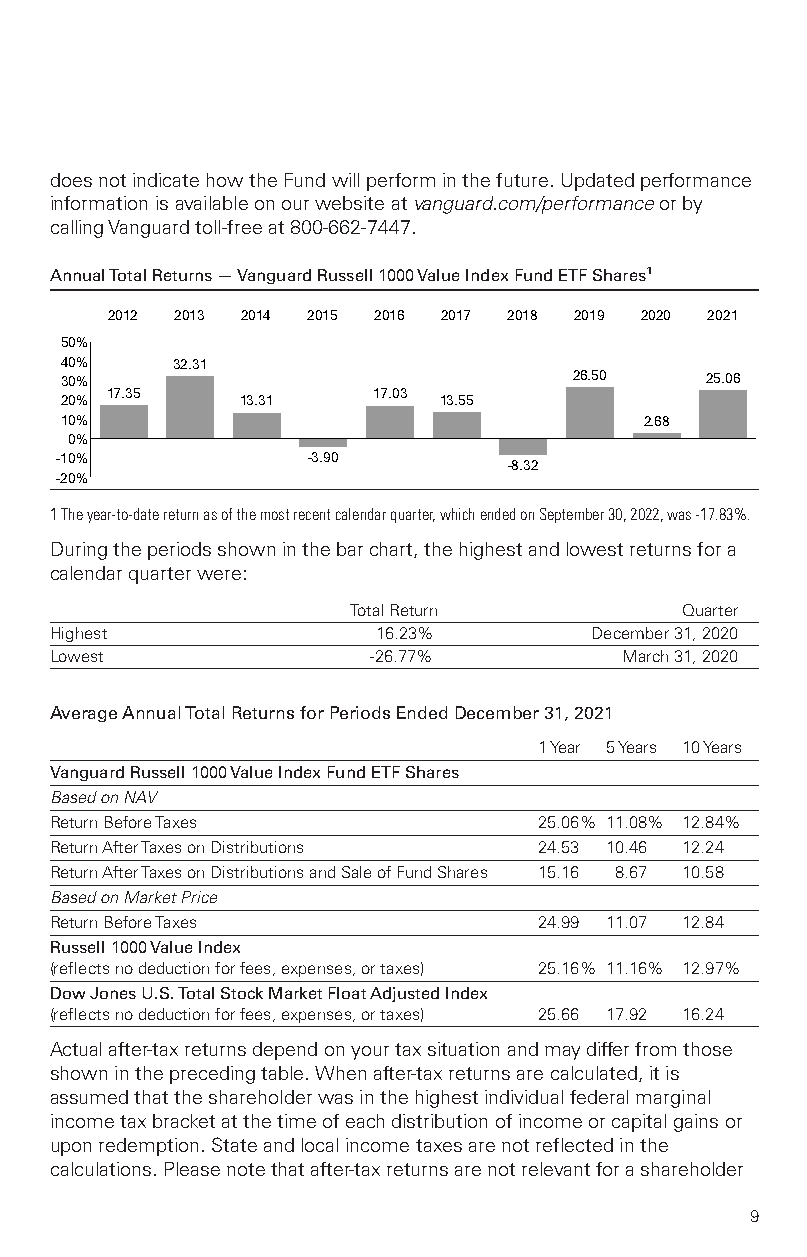
doesnotindicatehowtheFundwillperforminthefuture.Updatedperformance
 informationisavailableonourwebsiteatvanguard.com/performanceorby
 callingVanguardtoll-freeat800-662-7447.
 AnnualTotalReturns—VanguardRussell1000ValueIndexFundETFShares1
 2012 2013 2014 2015 2016 2017 2018 2019 2020 2021
 50%
 40%    32.31
 30%                               26.50    25.06
 17.35             17.03
 20%         13.31        13.55
 10%                                    2.68
 0%
 -10%            –3.90
 –8.32
 -20%
 1Theyear-to-datereturnasofthemostrecentcalendarquarter,whichendedonSeptember30,2022,was-17.83%.
 Duringtheperiodsshowninthebarchart,thehighestandlowestreturnsfora
 calendarquarterwere:
 TotalReturn           Quarter
 Highest               16.23%        December31,2020
 Lowest                -26.77%         March31,2020
 AverageAnnualTotalReturnsforPeriodsEndedDecember31,2021
 1Year 5Years 10Years
 VanguardRussell1000ValueIndexFundETFShares
 BasedonNAV
 ReturnBeforeTaxes                25.06% 11.08% 12.84%
 ReturnAfterTaxesonDistributions  24.53 10.46 12.24
 ReturnAfterTaxesonDistributionsandSaleofFundShares 15.16 8.67 10.58
 BasedonMarketPrice
 ReturnBeforeTaxes                24.99 11.07 12.84
 Russell1000ValueIndex
 (reflectsnodeductionforfees,expenses,ortaxes) 25.16% 11.16% 12.97%
 DowJonesU.S.TotalStockMarketFloatAdjustedIndex
 (reflectsnodeductionforfees,expenses,ortaxes) 25.66 17.92 16.24
 Actualafter-taxreturnsdependonyourtaxsituationandmaydifferfromthose
 shownintheprecedingtable.Whenafter-taxreturnsarecalculated,itis
 assumedthattheshareholderwasinthehighestindividualfederalmarginal
 incometaxbracketatthetimeofeachdistributionofincomeorcapitalgainsor
 uponredemption.Stateandlocalincometaxesarenotreflectedinthe
 calculations.Pleasenotethatafter-taxreturnsarenotrelevantforashareholder
 9